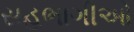
સહભાગીઓ